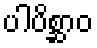
ပါပိစ္ဆာဝ